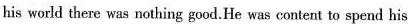
his world there was rothing goad.He was content to spend his